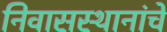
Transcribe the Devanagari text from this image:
निवासस्थानांचे